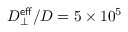
D _ { \perp } ^ { \mathsf { e f f } } / D = 5 \times 1 0 ^ { 5 }